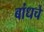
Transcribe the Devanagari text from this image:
बांधचे